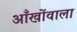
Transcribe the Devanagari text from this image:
आँखोंवाला